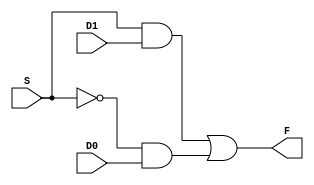
module _mux2x1(D0,D1,S,F);
input D0, D1;
input S;
output F;

	wire wAnd1;
	wire wAnd2;
	wire sNot;
	not a0(sNot, S);
	
	and g0(wAnd1, sNot, D0);
	and g1(wAnd2, S, D1);
	or g2(F, wAnd2, wAnd1);
	
endmodule